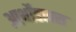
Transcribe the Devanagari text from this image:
आर्थोडाक्स